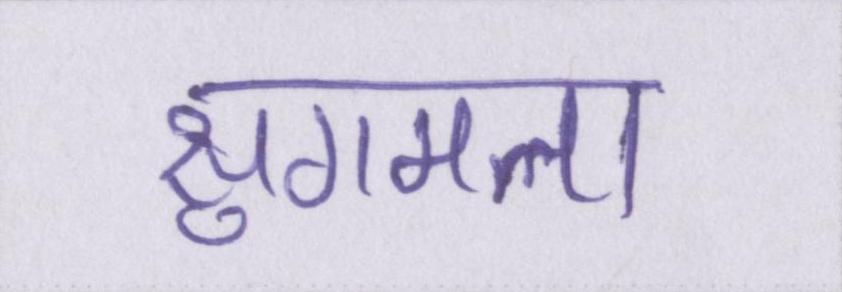
सुगमता